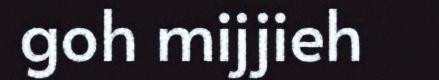
goh mijjieh